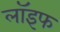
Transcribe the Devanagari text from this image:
लॉइफ